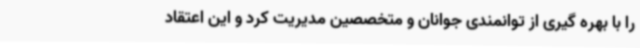
را با بهره گیری از توانمندی جوانان و متخصصین مدیریت کرد و این اعتقاد